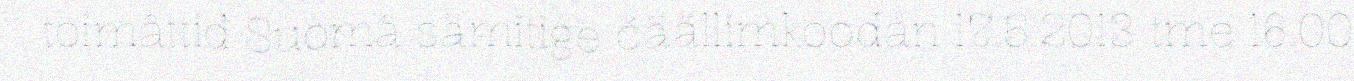
toimâttiđ Suomâ sämitige čäällimkoodán 17.5.2013 tme 16.00